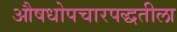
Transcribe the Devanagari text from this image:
औषधोपचारपद्धतीला